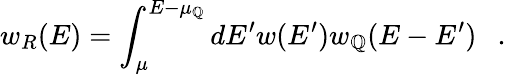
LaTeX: w_{R}(E)=\int_{\mu}^{E-\mu_{\mathbb{Q}}}dE^{\prime}w(E^{\prime})w_{\mathbb{Q}}(E-E^{\prime})~~~.